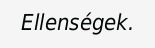
Ellenségek.